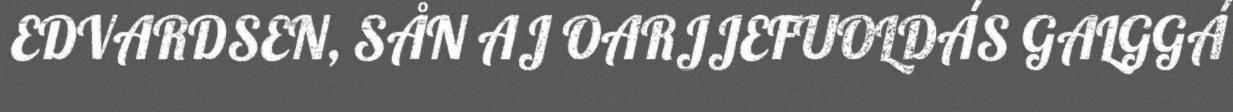
EDVARDSEN, SÅN AJ OARJJEFUOLDÁS GALGGÁ